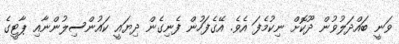
ވަނީ ބައްދަލުވުން ދޫކޮށް ނިކުމެފަ އެވެ. އޭގެފަހުން ފެނިގެން ދިޔައީ ކައުންސިލުންނާއި ޕާޓީގެ